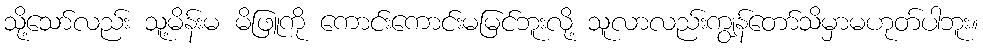
သို့သော်လည်း သူ့မိန်းမ မိဖြူကို ကောင်းကောင်းမမြင်ဘူးလို့ သူလာလည်းကျွန်တော်သိမှာမဟုတ်ပါဘူး။